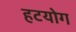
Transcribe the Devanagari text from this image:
हटयोग